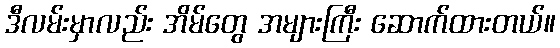
ဒီလမ်းမှာလည်း အိမ်တွေ အများကြီး ဆောက်ထားတယ်။